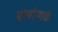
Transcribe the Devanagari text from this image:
बायोमार्क